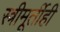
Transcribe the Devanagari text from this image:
स्त्रीमूर्तीही